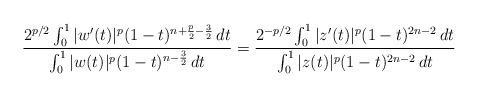
LaTeX: \begin{align*}\frac{ 2^{p/2} \int_0^1 | w'(t) |^p (1-t)^{n+\frac{p}{2}-\frac{3}{2}} \,dt}{\int_0^1 | w(t) |^p (1-t)^{n-\frac{3}{2}} \,dt} = \frac{2^{-p/2} \int_0^1 | z'(t) |^p (1-t)^{2n-2} \,dt}{\int_0^1 |z(t)|^p (1-t)^{2n-2} \,dt}\end{align*}